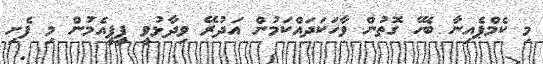
މި ކެމްޕެއިނާ ބެހޭ ގޮތުން ވާހަކަދައްކަމުން އަދުރޭ ވިދާޅުވީ ޕީޕީއެމުން މި ފެށި